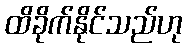
ထိခိုက်နိုင်သည်ဟု